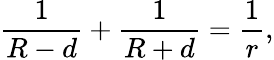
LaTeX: {\frac{1}{R-d}}+{\frac{1}{R+d}}={\frac{1}{r}},